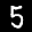
Label: 5